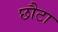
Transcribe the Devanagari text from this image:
छौटा